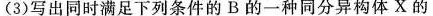
(3)写出同时满足下列条件的B的一种同分异构体X的